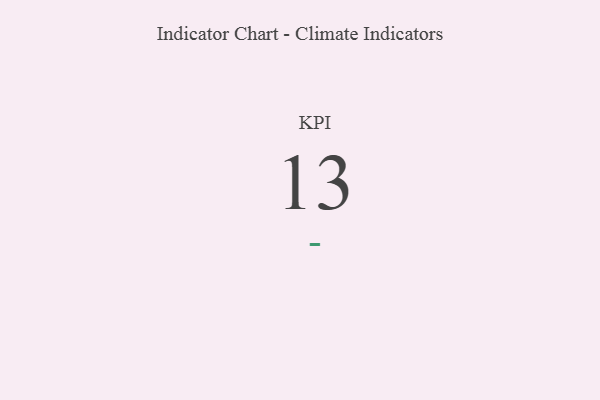
{"axis": {"x": "KPI", "y": "Value"}, "legend": [""], "data": [{"x": "KPI", "y": 13, "type": ""}]}